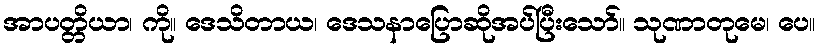
အာပတ္တိယာ၊ ကို။ ဒေသိတာယ၊ ဒေသနာပြောဆိုအပ်ပြီးသော်။ သုဏာတုမေ၊ ပေ။